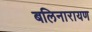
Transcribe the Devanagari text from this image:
बलिनारायण